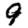
Digit: 9